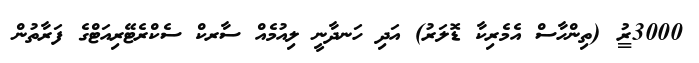
$3000 (ތިންހާސް އެމެރިކާ ޑޮލަރު) އަދި ހަނދާނީ ލިއުމެއް ސާރކް ސެކްރެޓޭރިއަޓްގެ ފަރާތުން